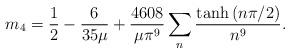
LaTeX: \begin{align*}m_4 & = \frac{1}{2} - \frac{6}{35\mu} + \frac{4608}{\mu \pi^9} \sum_{n } \frac{\tanh \left( n\pi / 2 \right)}{n^9} .\end{align*}